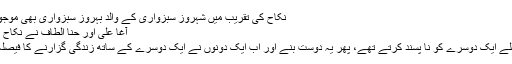
نکاح کی تقریب میں شہروز سبزواری کے والد بہروز سبزواری بھی موجود…
آغا علی اور حنا الطاف نے نکاح کرلیا
وہ پہلے ایک دوسرے کو نا پسند کرتے تھے، پھر یہ دوست بنے اور اب ایک دونوں نے ایک دوسرے کے ساتھ زندگی گزارنے کا فیصلہ کیا۔